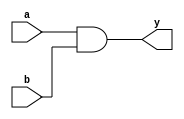
module AND2X1 (y, a, b);
	input a, b;
	output y;
	assign y = a & b;
endmodule

module OR2X1 (y, a, b);
	input a, b;
	output y;
	assign y = a | b;
endmodule